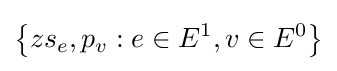
\left\{zs_{e},p_{v}:e\in E^{1},v\in E^{0}\right\}